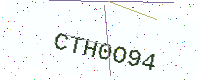
Text: CTH0O94